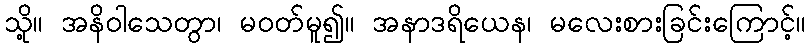
သို့။ အနိဝါသေတွာ၊ မဝတ်မူ၍။ အနာဒရိယေန၊ မလေးစားခြင်းကြောင့်။